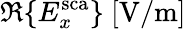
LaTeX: \Re\{ E_{x}^{\mathrm{sca}}\} ~[\mathrm{V/m}]